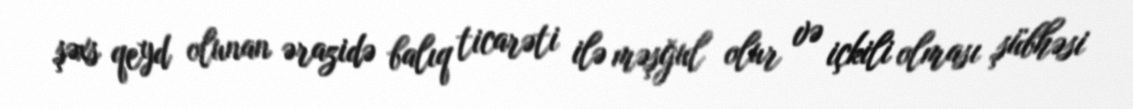
şəxs qeyd olunan ərazidə balıq ticarəti ilə məşğul olur və içkili olması şübhəsi